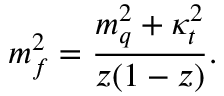
m _ { f } ^ { 2 } = \frac { m _ { q } ^ { 2 } + \kappa _ { t } ^ { 2 } } { z ( 1 - z ) } .